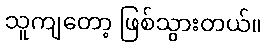
သူကျတော့ ဖြစ်သွားတယ်။